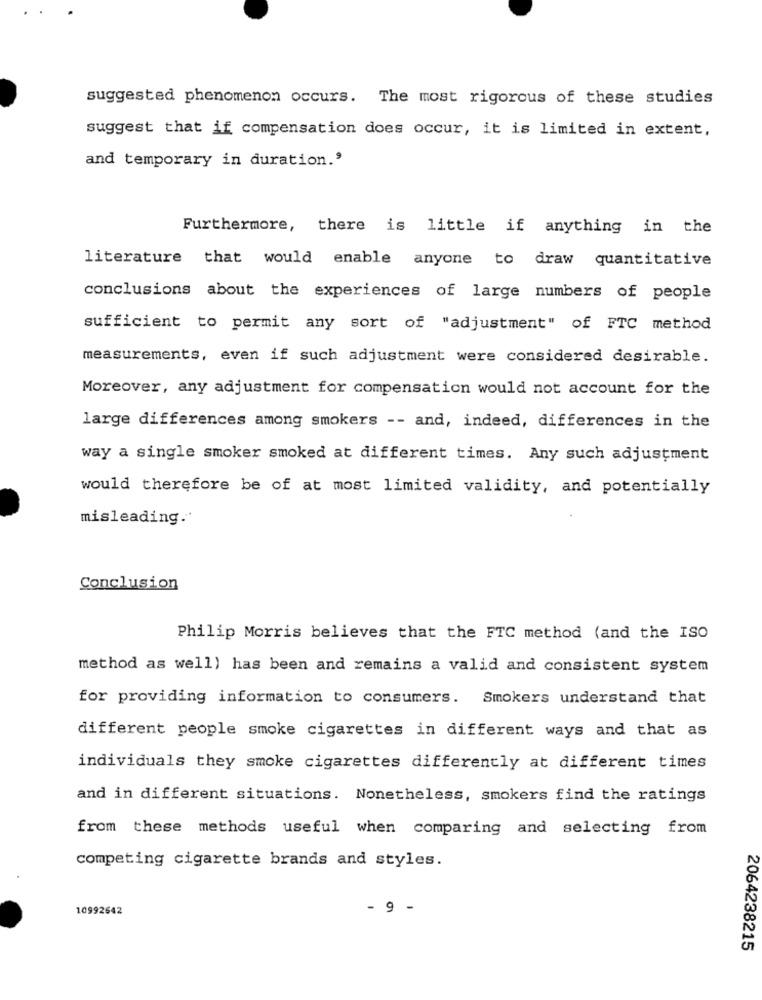
suggested phenomenon occurs. The most rigorous of these studies
suggest that if compensation does occur, it is limited in extent,
and temporary in duration.'
Furthermore, there is little if anything in the
literature that would enable anyone to draw quantitative
conclusions about the experiences of large numbers of people
sufficient to permit any sort of "adjustment" of FTC method
measurements, even if such adjustment were considered desirable.
Moreover, any adjustment for compensation would not account for the
large differences among smokers -- and, indeed, differences in the
way a single smoker smoked at different times. Any such adjustment
would therefore be of at most limited validity, and potentially
misleading.
Conclusion
Philip Morris believes that the FTC method (and the ISO
method as well) has been and remains a valid and consistent system
for providing information to consumers. Smokers understand that
different people smoke cigarettes in different ways and that as
individuals they smoke cigarettes differently at different times
and in different situations. Nonetheless, smokers find the ratings
from these methods useful when comparing and selecting from
competing cigarette brands and styles.
10992642
- 9 -
2064238215